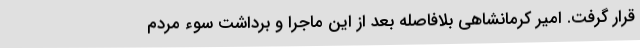
قرار گرفت. امیر کرمانشاهی بلافاصله بعد از این ماجرا و برداشت سوء مردم